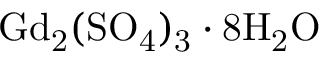
\mathrm { G d _ { 2 } ( S O _ { 4 } ) _ { 3 } \cdot 8 H _ { 2 } O }